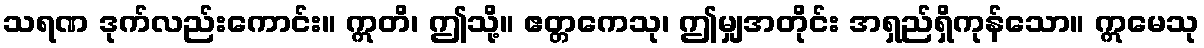
သရဏ ဒုက်လည်းကောင်း။ ဣတိ၊ ဤသို့။ ဧတ္တကေသု၊ ဤမျှအတိုင်း အရှည်ရှိကုန်သော။ ဣမေသု